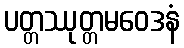
ပတ္တဿုတ္တမဝေဒနံ